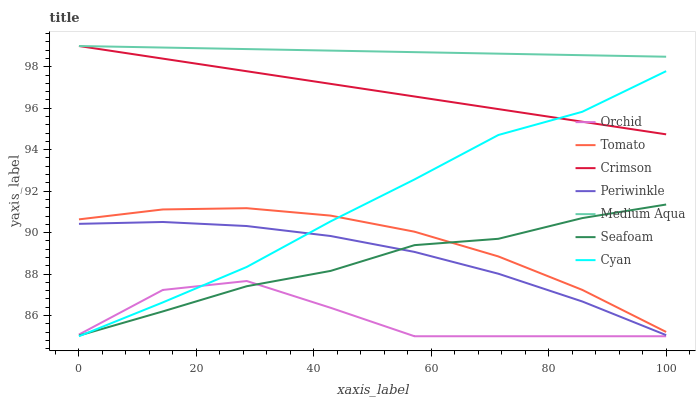
| xaxis_label | Orchid | Tomato | Crimson | Periwinkle | Medium Aqua | Seafoam | Cyan |
 | --- | --- | --- | --- | --- | --- | --- | --- |
 | 0 | 85.1 | 90.6 | 99 | 90.4 | 99 | 85 | 85 |
 | 14.3 | 87.2 | 91.1 | 98.4 | 90.5 | 98.9 | 86.2 | 86.6 |
 | 28.6 | 87.7 | 91.2 | 97.8 | 90.3 | 98.9 | 87.4 | 88.3 |
 | 42.9 | 86.4 | 90.8 | 97.2 | 89.8 | 98.8 | 88.2 | 90.5 |
 | 57.1 | 85 | 90 | 96.6 | 89.1 | 98.7 | 89.4 | 92.6 |
 | 71.4 | 85 | 88.8 | 96 | 88 | 98.6 | 89.7 | 94.7 |
 | 85.7 | 85 | 87.2 | 95.3 | 86.7 | 98.6 | 90.7 | 95.8 |
 | 100 | 85 | 85.2 | 94.7 | 85.1 | 98.5 | 91.4 | 97.8 |